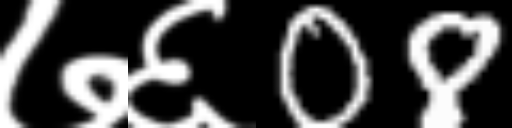
Text: ७६08